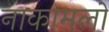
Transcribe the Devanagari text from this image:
नाकामलों